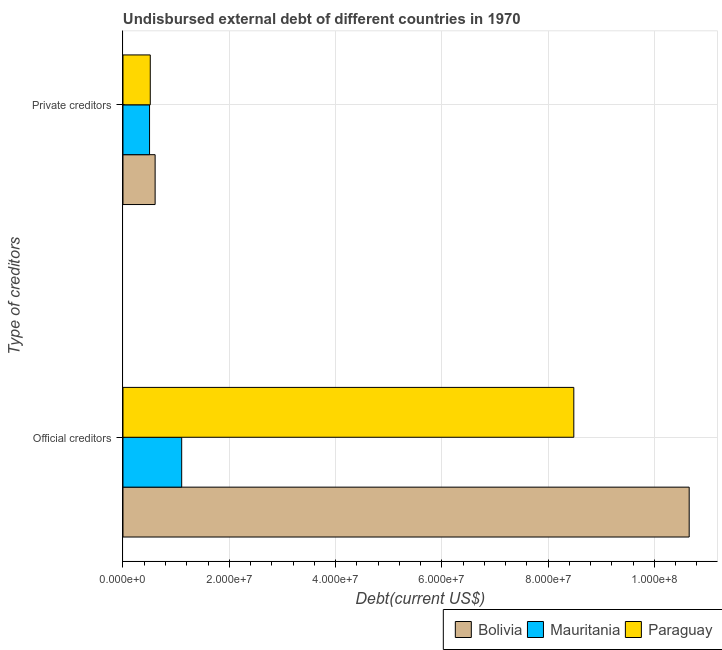
| Type of creditors | Bolivia | Mauritania | Paraguay |
 | --- | --- | --- | --- |
 | Official creditors | 1.07e+08 | 1.1e+07 | 8.48e+07 |
 | Private creditors | 6.05e+06 | 5e+06 | 5.13e+06 |